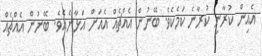
އެއިން ކުރާނީ ކުރާނެ ކަމެކެވެ. ބޭނުން އެއްޗެއް އެއަށް އަޅާނެއެވެ. ބޭނުން އެއްޗެއް